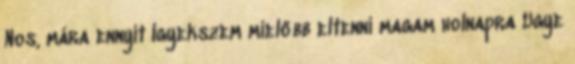
Nos, mára ennyit Igyekszem mielőbb eltenni magam holnapra Ugye